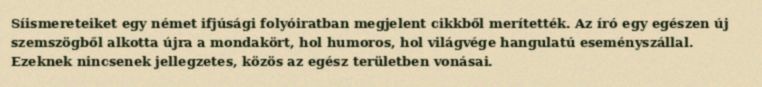
Síismereteiket egy német ifjúsági folyóiratban megjelent cikkből merítették. Az író egy egészen új szemszögből alkotta újra a mondakört, hol humoros, hol világvége hangulatú eseményszállal. Ezeknek nincsenek jellegzetes, közös az egész területben vonásai.